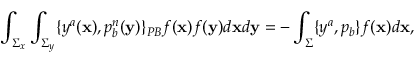
\int _ { \Sigma _ { x } } \int _ { \Sigma _ { y } } \{ y ^ { a } ( { \bf x } ) , p _ { b } ^ { n } ( { \bf y } ) \} _ { P B } f ( { \bf x } ) f ( { \bf y } ) d { \bf x } d { \bf y } = - \int _ { \Sigma } \{ y ^ { a } , p _ { b } \} f ( { \bf x } ) d { \bf x } ,